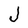
Character: J